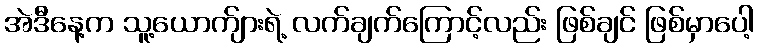
အဲဒီနေ့က သူ့ယောက်ျားရဲ့ လက်ချက်ကြောင့်လည်း ဖြစ်ချင် ဖြစ်မှာပေါ့